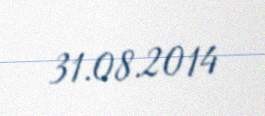
31.08.2014